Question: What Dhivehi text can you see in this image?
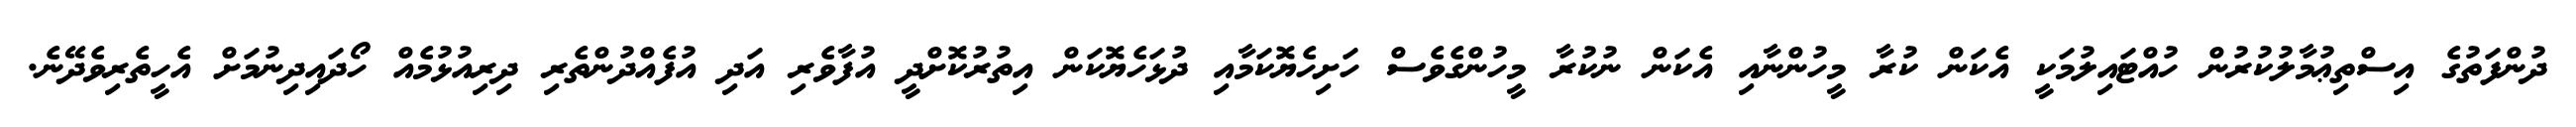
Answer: ދުންފަތުގެ އިސްތިޢުމާލުކުރުން ހުއްޓައިލުމަކީ އެކަން ކުރާ މީހުންނާއި އެކަން ނުކުރާ މީހުންގެވެސް ހަށިހެޔޮކަމާއި ދުޅަހެޔޮކަން އިތުރުކޮށްދީ އުފާވެރި އަދި އުފެއްދުންތެރި ދިރިއުޅުމެއް ހޯދައިދިނުމަށް އެހީތެރިވެދޭނެ.